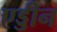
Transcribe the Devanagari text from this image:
एड्डीन